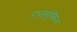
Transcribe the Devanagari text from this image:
रागामुफ्फिन